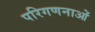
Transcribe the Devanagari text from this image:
परिगणनाओं